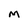
Character: M